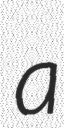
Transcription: a